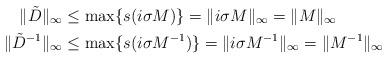
LaTeX: \begin{align*}\|\tilde{D}\|_{\infty}&\leq\max\{s(i\sigma M)\}=\|i\sigma M\|_{\infty} = \|M\|_{\infty} \\\|\tilde{D}^{-1}\|_{\infty}&\leq\max\{s(i\sigma M^{-1})\}=\|i\sigma M^{-1}\|_{\infty}= \|M^{-1}\|_{\infty} \end{align*}